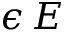
\epsilon \, E